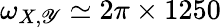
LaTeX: \omega_{X,\mathscr{Y}}\simeq2\pi\times1250